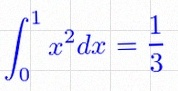
\int_0^1 x^2dx=\frac13